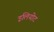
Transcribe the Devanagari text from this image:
इलियोट